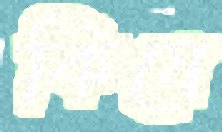
কিযে